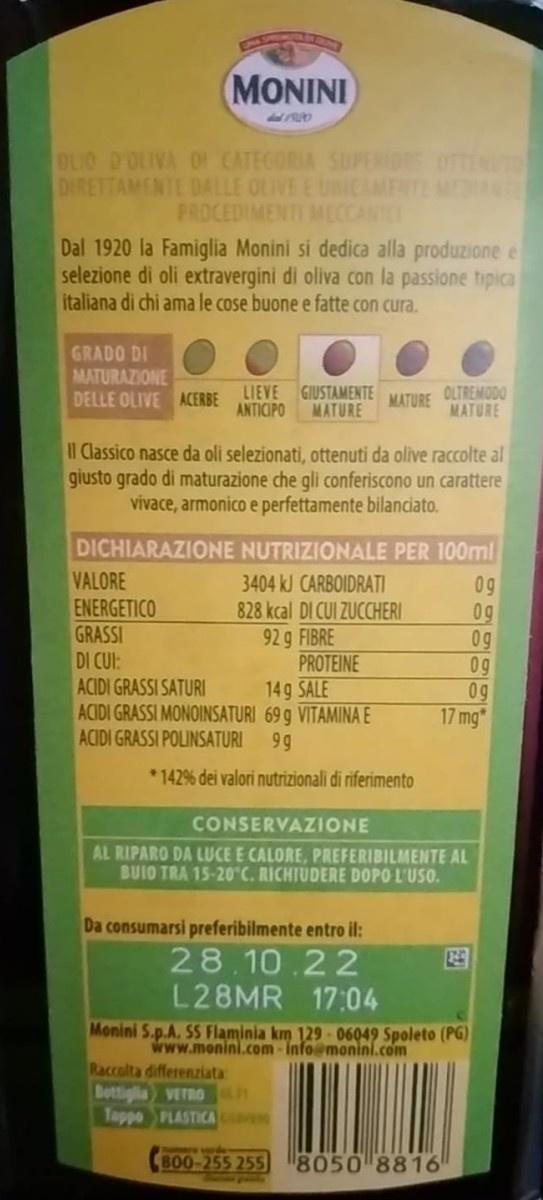
MONINI
DLIO D'OLIVA D CATEGORIA SUPERIOR OTTEUTO DIRETTAMENTE DALLE OLIVE E UNICAMENTE PROCEDIMENTI MECCANIC Dal 1920 la Famiglia Monini si dedica alla produzione e selezione di oli extravergini di oliva con la passione tipica italiana di chi ama le cose buone e fatte con cura.
GRADO DI MATURAZIONE DELLE OLIVE ACERBE
LIEVE GIUSTAMENTE ANTICIPO MATURE
OLTREMODO MATURE
MATURE
Il Classico nasce da oli selezionati, ottenuti da olive raccolte al giusto grado di maturazione che qli conferiscono un carattere vivace, armonico e perfettamente bilanciato.
DICHIARAZIONE NUTRIZIONALE PER 100ml VALORE ENERGETICO GRASSI DI CUI: ACIDI GRASSI SATURI ACIDI GRASSI MONOINSATURI 69 g VITAMINA E ACIDI GRASSI POLINSATURI
3404 kJ CARBOIDRATI 828 kcal DI CUI ZUCCHERI 92 g FIBRE PROTEINE 14g SALE
0g 0g 0g 0g 0g 17 mg*
9 g
* 142% dei valori nutrizionali di riferimento
CONSERVAZIONE
AL RIPARO DA LUCE E CALORE, PREFERIBILMENTE AL BUIO TRA 15-20°C. RICHIUDERE DOPO L'USO.
Da consumarsi preferibilmente entro il:
28.10.22 L28MR 17:04
Monini S.p.A. SS Flaminia km 129 - 06049 Spoleto (PG) www.monini.com-info@monìni.com
Raccolta differenziata Dottigla VETROan Tappo PLASTICA
BO0-255 255
8050 8816